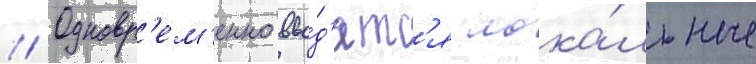
// Одновр'ем'енно вво́д'ятс'я лока́льные